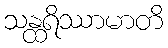
သန္ထရိဿာမာတိ